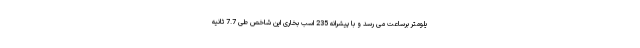
یلومتر برساعت می رسد و با پیشرانه 235 اسب بخاری این شاخص طی 7.7 ثانیه